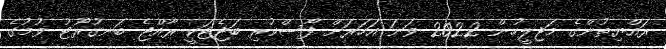
ރައްޔިތުންގެ މަޖިލީހުން 2022 ވަނަ އަހަރަށް ފާސްކުރި ބަޖެޓަކީ ރާއްޖެ ބަނގުރޫޓު ވުމުގެ